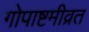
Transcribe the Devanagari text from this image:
गोपाष्टमीव्रत